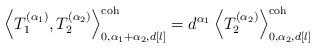
LaTeX: \begin{align*} \left\langle T_1 ^ {(\alpha_1)}, T_2 ^ {(\alpha_2)} \right\rangle^\textnormal{coh}_{0,\alpha_1 + \alpha_2,d[l]} = d^{\alpha_1} \left\langle T_2 ^ {(\alpha_2)} \right\rangle^\textnormal{coh}_{0,\alpha_2,d[l]} \end{align*}